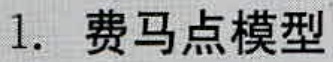
1. 费马点模型